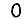
Digit: 0